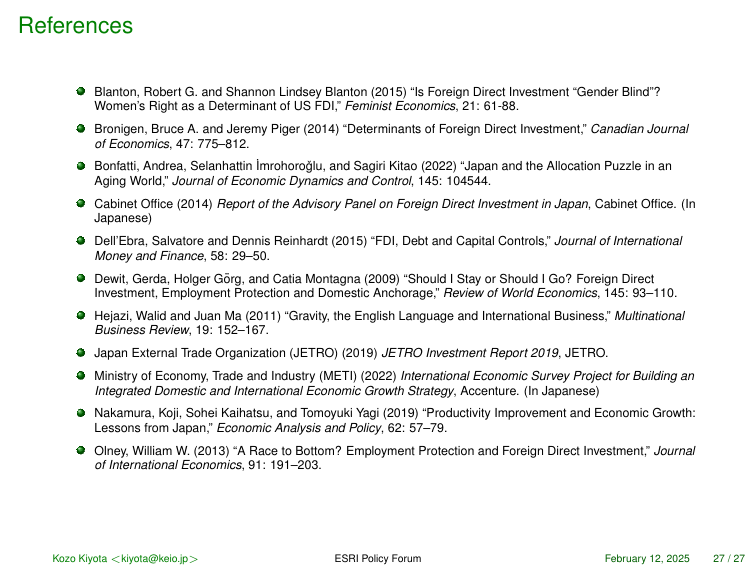
References

Blanton, Robert G. and Shannon Lindsey Blanton (2015) “Is Foreign Direct Investment ‘Gender Blind’? Women’s Right as a Determinant of US FDI,” Feminist Economics, 21: 61–88.

Bronigen, Bruce A. and Jeremy Piger (2014) “Determinants of Foreign Direct Investment,” Canadian Journal of Economics, 47: 775–812.

Bonfatti, Andrea, Selanhattan Imrohoroglu, and Sagiri Kitao (2022) “Japan and the Allocation Puzzle in an Aging World,” Journal of Economic Dynamics and Control, 145: 104544.

Cabinet Office (2014) Report of the Advisory Panel on Foreign Direct Investment in Japan, Cabinet Office. (In Japanese)

Dell’Ebra, Salvatore and Dennis Reinhardt (2015) “FDI, Debt and Capital Controls,” Journal of International Money and Finance, 58: 29–50.

Dewit, Gerda, Holger Görg, and Catia Montagna (2009) “Should I Stay or Should I Go? Foreign Direct Investment, Employment Protection and Domestic Anchorage,” Review of World Economics, 145: 93–110.

Hejazi, Walid and Juan Ma (2011) “Gravity, the English Language and International Business,” Multinational Business Review, 19: 152–167.

Japan External Trade Organization (JETRO) (2019) JETRO Investment Report 2019, JETRO.

Ministry of Economy, Trade and Industry (METI) (2022) International Economic Survey Project for Building an Integrated Domestic and International Economic Growth Strategy, Accenture. (In Japanese)

Nakamura, Koji, Sohei Kaihatsu, and Tomoyuki Yagi (2019) “Productivity Improvement and Economic Growth: Lessons from Japan,” Economic Analysis and Policy, 62: 57–79.

Oliney, William W. (2013) “A Race to Bottom? Employment Protection and Foreign Direct Investment,” Journal of International Economics, 91: 191–203.

Kozo Kiyota <kiyota@keio.jp> ESRI Policy Forum February 12, 2025 27 / 27